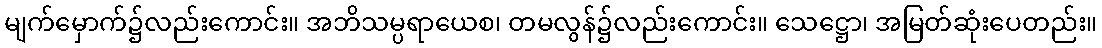
မျက်မှောက်၌လည်းကောင်း။ အဘိသမ္ပရာယေစ၊ တမလွန်၌လည်းကောင်း။ သေဋ္ဌော၊ အမြတ်ဆုံးပေတည်း။